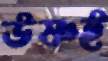
উষ্ণই